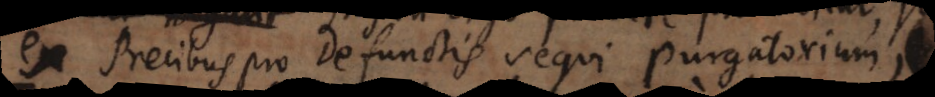
ex Precibus pro Defunctis sequi Purgatorium,